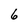
Character: 6